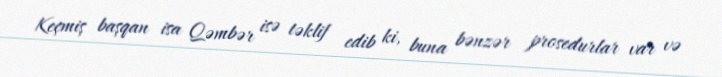
Keçmiş başqan isa Qəmbər isə təklif edib ki, buna bənzər prosedurlar var və